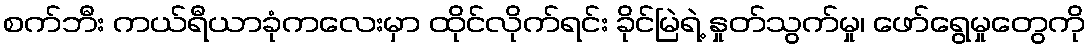
စက်ဘီး ကယ်ရီယာခုံကလေးမှာ ထိုင်လိုက်ရင်း ခိုင်မြဲရဲ့ နှုတ်သွက်မှု၊ ဖော်ရွေမှုတွေကို